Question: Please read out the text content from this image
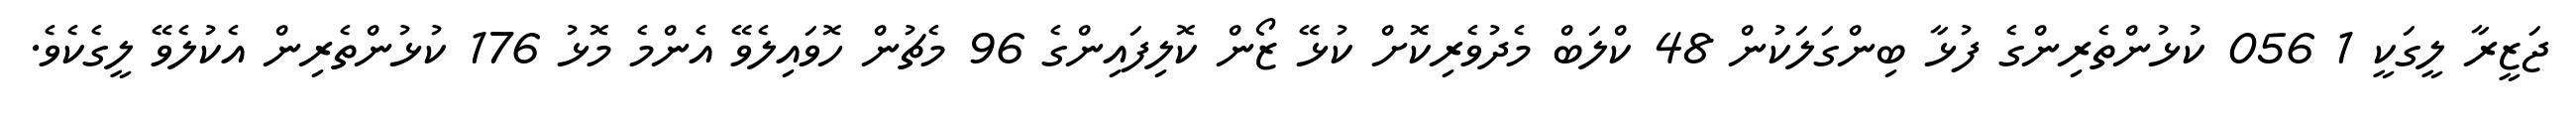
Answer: ޖަޒީރާ ލީގަކީ 1 056 ކުޅުންތެރިންގެ ފުޅާ ބިންގަލަކުން 48 ކްލަބް މެދުވެރިކޮށް ކުޅޭ ޒޯން ކޮލިފައިންގެ 96 މެޗުން ހޮވައިލެވޭ އެންމެ މޮޅު 176 ކުޅުންތެރިން އެކުލެވޭ ލީގެކެވެ.